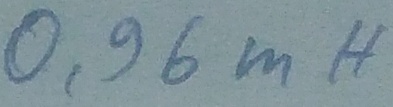
Text: 0,96mH